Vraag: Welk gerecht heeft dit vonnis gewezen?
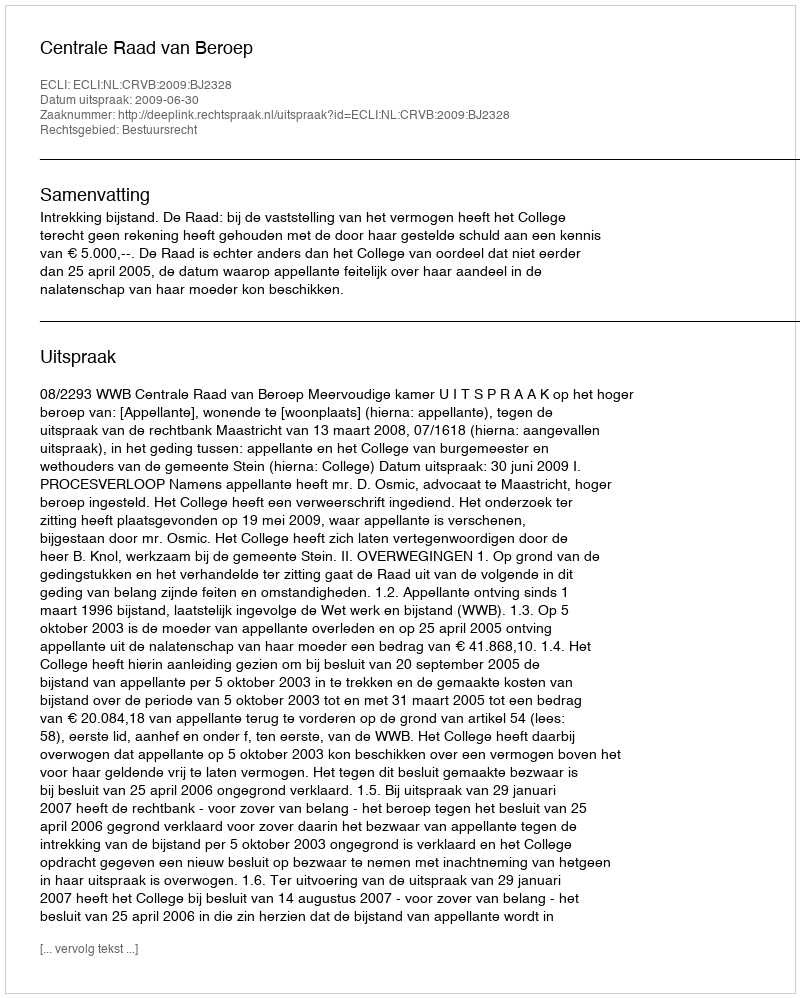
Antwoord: Centrale Raad van Beroep